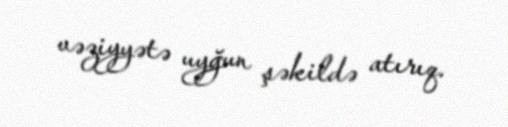
vəziyyətə uyğun şəkildə atırıq.